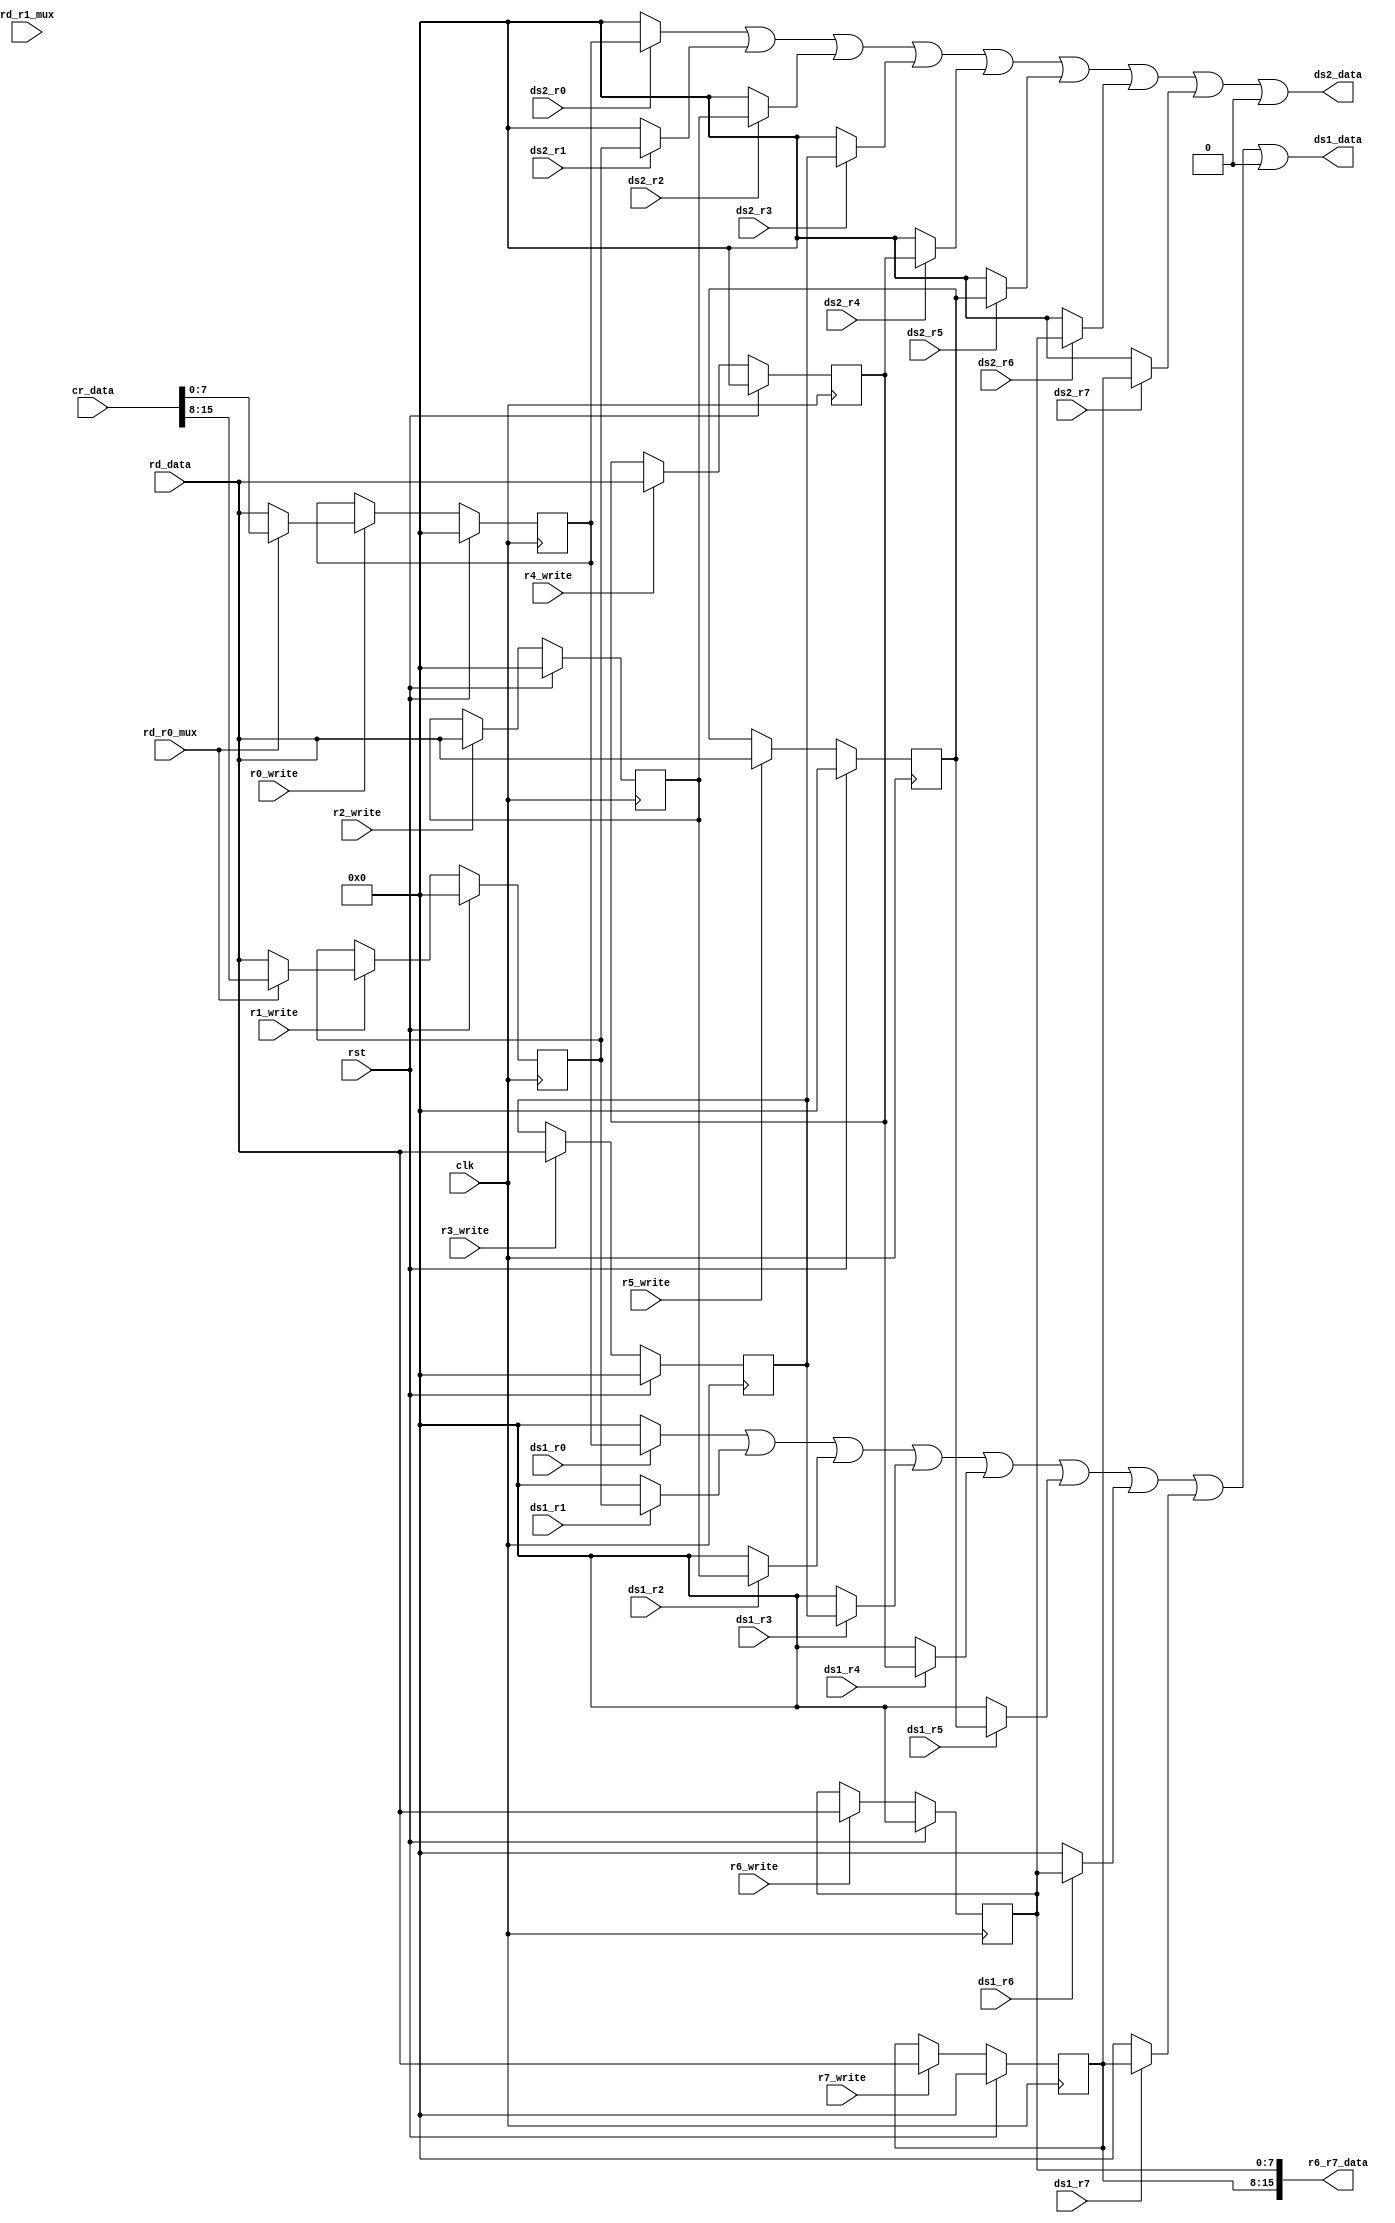
module gpr(
input wire clk,
input wire rst,
//
//gpr
input wire r0_write,
input wire r1_write,
input wire r2_write,
input wire r3_write,
input wire r4_write,
input wire r5_write,
input wire r6_write,
input wire r7_write,

input wire rd_r0_mux,
input wire rd_r1_mux,

//
input wire ds1_r0,
input wire ds1_r1,
input wire ds1_r2,
input wire ds1_r3,
input wire ds1_r4,
input wire ds1_r5,
input wire ds1_r6,
input wire ds1_r7,
input wire ds2_r0,
input wire ds2_r1,
input wire ds2_r2,
input wire ds2_r3,
input wire ds2_r4,
input wire ds2_r5,
input wire ds2_r6,
input wire ds2_r7,

input wire [7:0]rd_data,
input wire [15:0]cr_data,
//GPR
output wire [7:0]ds1_data,
output wire [7:0]ds2_data,
output wire [15:0]r6_r7_data	//R6R7

);
reg [7:0]r0;
reg [7:0]r1;
reg [7:0]r2;
reg [7:0]r3;
reg [7:0]r4;
reg [7:0]r5;
reg [7:0]r6;
reg [7:0]r7;

//R 0R1
always@(posedge clk)begin
	if(rst)begin
		r0	<=	8'b0;
	end
	else if(r0_write)begin
		r0	<=	rd_r0_mux ? cr_data[7:0] : rd_data;
	end
end
always@(posedge clk)begin
	if(rst)begin
		r1	<=	8'b0;
	end
	else if(r1_write)begin
		r1	<=	rd_r0_mux ? cr_data[15:8] : rd_data;
	end
end
//R2
always@(posedge clk)begin
	if(rst)begin
		r2 	<=	8'b0;
	end
	else if(r2_write)begin
		r2	<=	rd_data;
	end
end
always@(posedge clk)begin
	if(rst)begin
		r3 	<=	8'b0;
	end
	else if(r3_write)begin
		r3	<=	rd_data;
	end
end
always@(posedge clk)begin
	if(rst)begin
		r4 	<=	8'b0;
	end
	else if(r4_write)begin
		r4	<=	rd_data;
	end
end
always@(posedge clk)begin
	if(rst)begin
		r5 	<=	8'b0;
	end
	else if(r5_write)begin
		r5	<=	rd_data;
	end
end
always@(posedge clk)begin
	if(rst)begin
		r6 	<=	8'b0;
	end
	else if(r6_write)begin
		r6	<=	rd_data;
	end
end
always@(posedge clk)begin
	if(rst)begin
		r7 	<=	8'b0;
	end
	else if(r7_write)begin
		r7	<=	rd_data;
	end
end

assign ds1_data	=	(ds1_r0 ? r0 : 8'b0) |
					(ds1_r1 ? r1 : 8'b0) |
					(ds1_r2 ? r2 : 8'b0) |
					(ds1_r3 ? r3 : 8'b0) |
					(ds1_r4 ? r4 : 8'b0) |
					(ds1_r5 ? r5 : 8'b0) |
					(ds1_r6 ? r6 : 8'b0) |
					(ds1_r7 ? r7 : 8'b0) | 8'b0;

assign ds2_data	=	(ds2_r0 ? r0 : 8'b0) |
					(ds2_r1 ? r1 : 8'b0) |
					(ds2_r2 ? r2 : 8'b0) |
					(ds2_r3 ? r3 : 8'b0) |
					(ds2_r4 ? r4 : 8'b0) |
					(ds2_r5 ? r5 : 8'b0) |
					(ds2_r6 ? r6 : 8'b0) |
					(ds2_r7 ? r7 : 8'b0) | 8'b0;

assign r6_r7_data	=	{r7,r6};


endmodule